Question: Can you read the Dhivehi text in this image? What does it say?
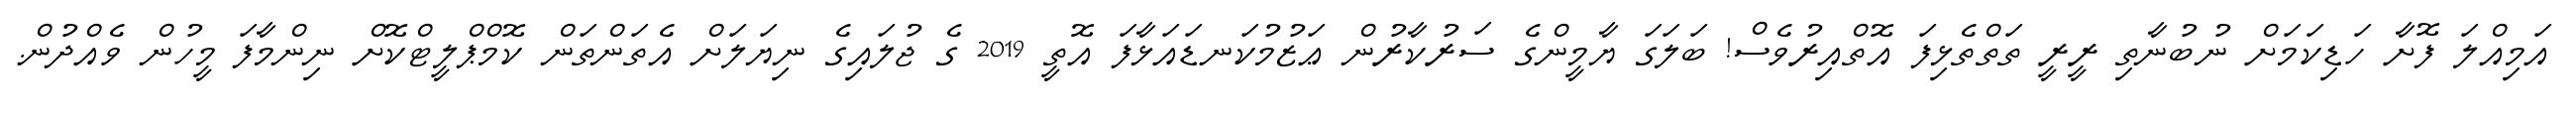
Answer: އަމިއްލަ ފޮށާ ހަޑިކަމަށް ނުބުނާތި ރީރީ ތަތްތެޅިފަ އޮތްއިރުވެސް! ބަލަގަ ޔާމީންގެ ސަރުކާރުން ޢަޒުމުކަނޑައަޅާފަ އޮތީ 2019 ގެ ޖުލައިގެ ނިޔަލަށް އެތަންތަން ކޮމްޕްލީޓްކޮށް ނިންމާފަ މީހުން ވެއްދުން.